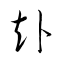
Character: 赴